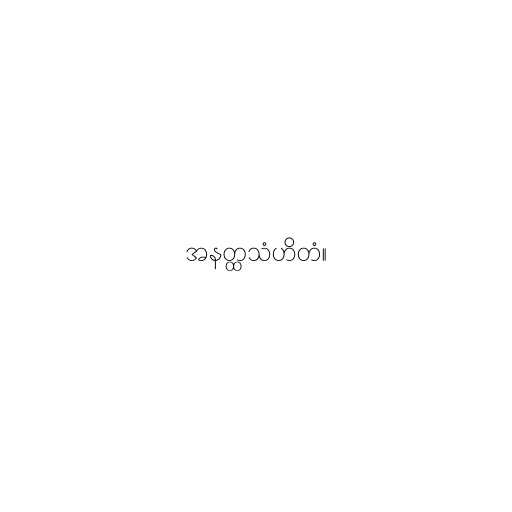
အနတ္ထသံဟိတံ။